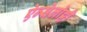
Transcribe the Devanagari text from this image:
ऐन्सेलोट्टी